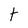
Character: t